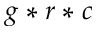
g * r * c